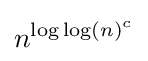
n^{\log \log(n)^{c}}